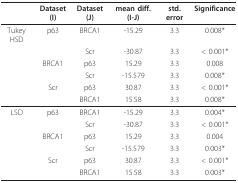
|  | Dataset (I) | Dataset (J) | mean diff. (I-J) | std. error | Significance |
 | --- | --- | --- | --- | --- | --- |
 | Tukey HSD | p63 | BRCA1 | -15.29 | 3.3 | 0.008* |
 |  |  | Scr | -30.87 | 3.3 | < 0.001* |
 |  | BRCA1 | p63 | 15.29 | 3.3 | 0.008 |
 |  |  | Scr | -15.579 | 3.3 | 0.008* |
 |  | Scr | p63 | 30.87 | 3.3 | < 0.001* |
 |  |  | BRCA1 | 15.58 | 3.3 | 0.008* |
 | LSD | p63 | BRCA1 | -15.29 | 3.3 | 0.004* |
 |  |  | Scr | -30.87 | 3.3 | < 0.001* |
 |  | BRCA1 | p63 | 15.29 | 3.3 | 0.004 |
 |  |  | Scr | -15.579 | 3.3 | 0.003* |
 |  | Scr | p63 | 30.87 | 3.3 | < 0.001* |
 |  |  | BRCA1 | 15.58 | 3.3 | 0.003* |